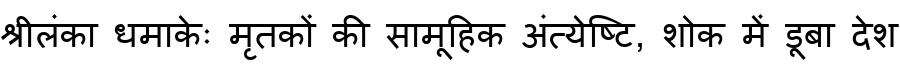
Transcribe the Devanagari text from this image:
श्रीलंका धमाकेः मृतकों की सामूहिक अंत्येष्टि, शोक में डूबा देश